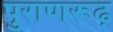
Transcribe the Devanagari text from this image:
पुराणरूढ़